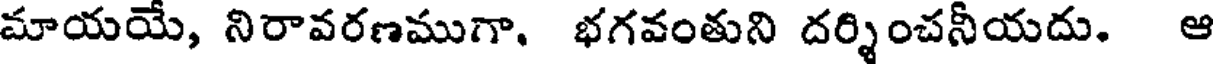
మాయయే, నిరావరణముగా. భగవంతుని దర్శించనీయదు. ఆ